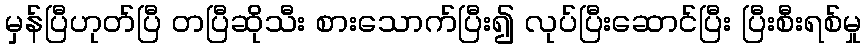
မှန်ပြီဟုတ်ပြီ တပြီဆိုသီး စားသောက်ပြီး၍ လုပ်ပြီးဆောင်ပြီး ပြီးစီးရစ်မှု